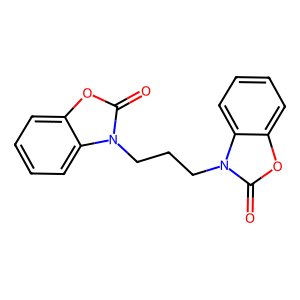
SMILES: O=c1oc2ccccc2n1CCCn1c(=O)oc2ccccc21
Inhibits HIV replication: No